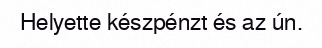
Helyette készpénzt és az ún.